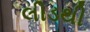
લીડથી